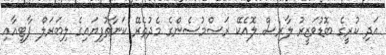
އަދި ކުރީގެ ބޮޑުވަޒީރު ލާރސް ލޮއެކޭ ރަސްމުސެންގެ މެދުތެރޭ ކަނާތުފިޔައިގެ ލިބަރަލް ޕާޓީއާއި